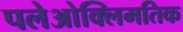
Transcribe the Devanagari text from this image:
पलेओक्लिमतिक